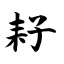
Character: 耔